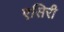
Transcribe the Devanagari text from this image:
एसिरी